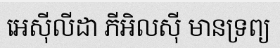
អេស៊ីលីដា ភីអិលស៊ី មានទ្រព្យ